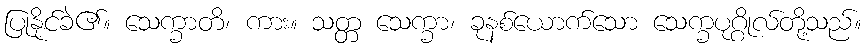
ပြုနိုင်ခဲ၏။ သေက္ခာတိ၊ ကား။ သတ္တ သေက္ခာ၊ ခုနစ်ယောက်သော သေက္ခပုဂ္ဂိုလ်တို့သည်။